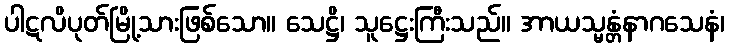
ပါဋလိပုတ်မြို့သားဖြစ်သော။ သေဋ္ဌိ၊ သူဋ္ဌေးကြီးသည်။ အာယသ္မန္တံနာဂသေနံ၊